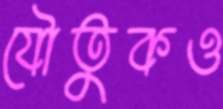
যৌতুকও